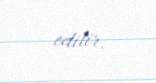
edilir.